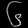
Digit: ၆